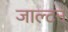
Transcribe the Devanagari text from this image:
जाल्‍टन